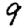
Digit: 9